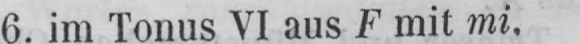
6. im Tonus VI aus F mit mi.